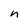
Character: n